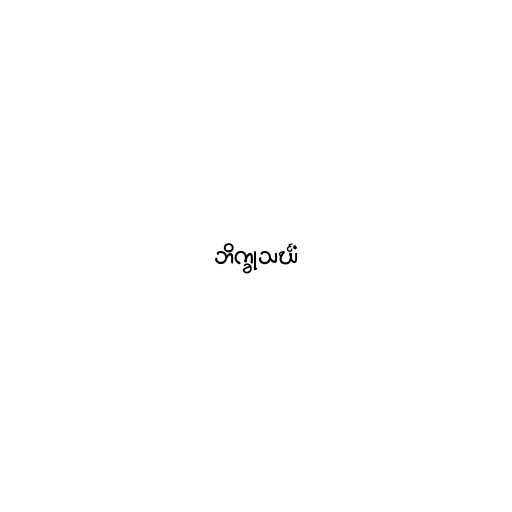
ဘိက္ခုသင်္ဃံ